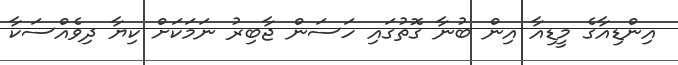
އިންޑިއާގެ މީޑިއާ އިން ބުނާ ގޮތުގައި ހަސަން ޖާބިރު ނަމަކަށް ކިޔާ ދިވެއްސަކާ